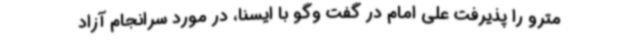
مترو را پذیرفت علی امام در گفت وگو با ایسنا، در مورد سرانجام آزاد